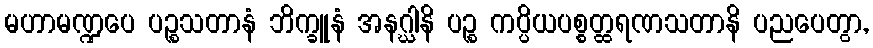
မဟာမဏ္ဍပေ ပဉ္စသတာနံ ဘိက္ခူနံ အနဂ္ဃါနိ ပဉ္စ ကပ္ပိယပစ္စတ္ထရဏသတာနိ ပညပေတွာ,